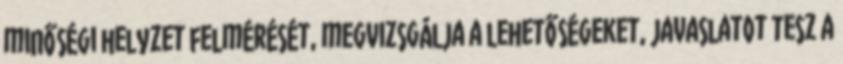
minőségi helyzet felmérését, megvizsgálja a lehetőségeket, javaslatot tesz a